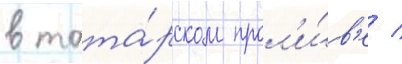
в тата́рском прол'и́в'е /